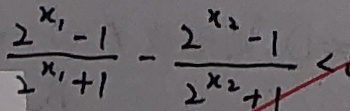
\frac { 2 ^ { x _ { 1 } } - 1 } { 2 ^ { x _ { 1 } + 1 } } - \frac { 2 ^ { x _ { 2 } } - 1 } { 2 ^ { x _ { 2 } + 1 } } <